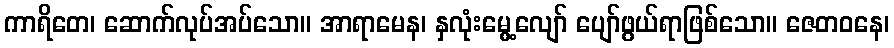
ကာရိတေ၊ ဆောက်လုပ်အပ်သော။ အာရာမေန၊ နှလုံးမွေ့လျော် ပျော်ဖွယ်ရာဖြစ်သော။ ဇေတဝနေ၊